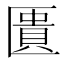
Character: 匱